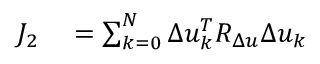
\begin{array} { r l } { J _ { 2 } } & { { } = \sum _ { k = 0 } ^ { N } \Delta u _ { k } ^ { T } R _ { \Delta u } \Delta u _ { k } } \end{array}